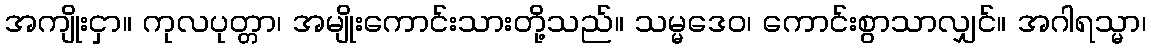
အကျိုးငှာ။ ကုလပုတ္တာ၊ အမျိုးကောင်းသားတို့သည်။ သမ္မဒေဝ၊ ကောင်းစွာသာလျှင်။ အဂါရသ္မာ၊